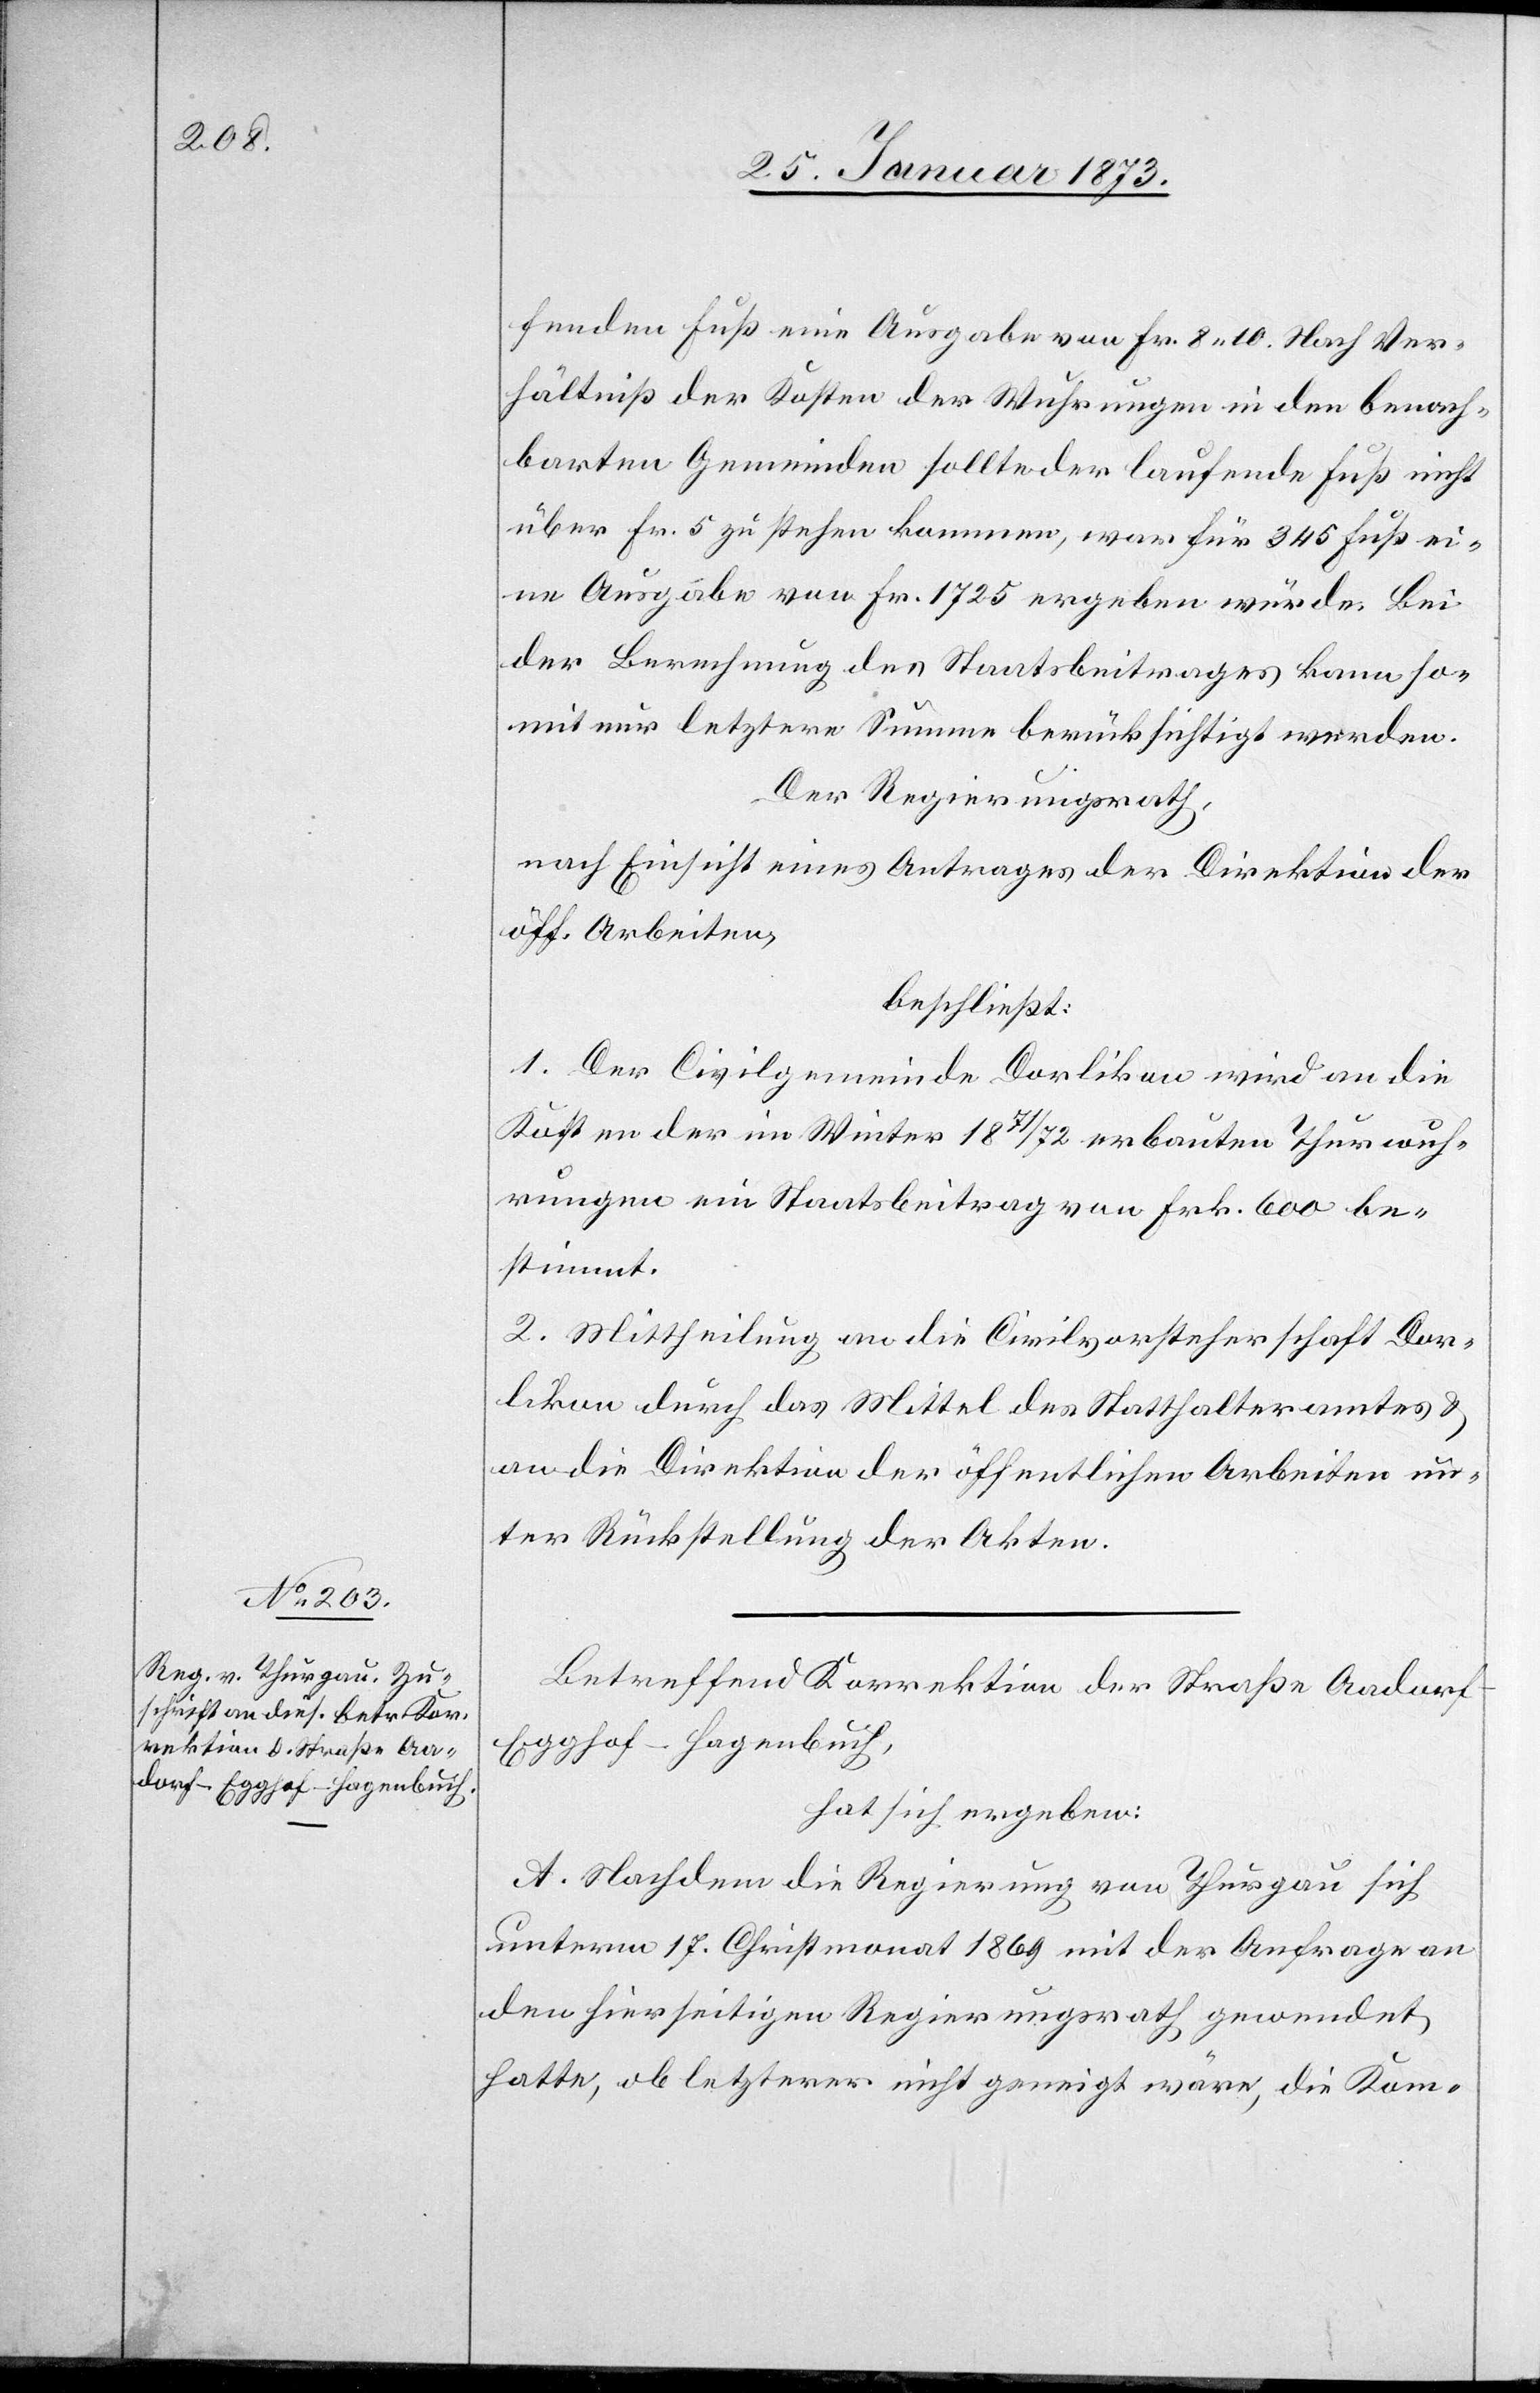
fenden Fuß eine Ausgabe von Fr. 8. 10. Nach Ver¬
hältniß der Kosten der Wuhrungen in den benach¬
barten Gemeinden sollte der laufende Fuß nicht
über Fr. 5 zu stehen kommen, was für 345 Fuß ei¬
ne Ausgabe von Fr. 1725 ergeben würde. Bei
der Berechnung des Staatsbeitrages kann so¬
mit nur letztere Summe berücksichtigt werden.
Der Regierungsrath,
nach Einsicht eines Antrages der Direktion der
beschließt:
1. Der Civilgemeinde Dorlikon wird an die
Kosten der im Winter 1871/1872 erbauten Thurwuh¬
rungen ein Staatsbeitrag von Frk. 600 be¬
stimmt.
2. Mittheilung an die Civilvorsteherschaft Dor¬
likon durch das Mittel des Statthalteramtes u.
an die Direktion der öffentlichen Arbeiten un¬
ter Rückstellung der Akten.
Betreffend Korrektion der Straße Aadorf–E¬
gghof–Hagenbuch,
hat sich ergeben:
A. Nachdem die Regierung von Thurgau sich
unterm 17. Christmonat 1869 mit der Anfrage an
den hierseitigen Regierungsrath gewendet
hatte, ob letzterer nicht geneigt wäre, die Kom-